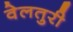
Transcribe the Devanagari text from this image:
वेलतुरी